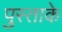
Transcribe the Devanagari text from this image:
पुस्ताके